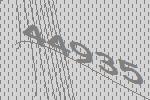
44935